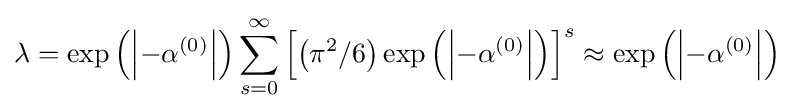
\lambda =\exp \left(\left|-\alpha ^{(0)}\right|\right)\sum _{s=0}^{\infty }\left[\left(\pi ^{2}/6\right)\exp \left(\left|-\alpha ^{(0)}\right|\right)\right]^{s}\approx \exp \left(\left|-\alpha ^{(0)}\right|\right)